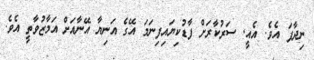
ނިދާފަ އެވެ. އެއީ